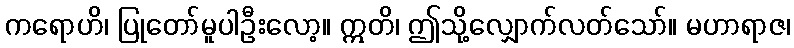
ကရောဟိ၊ ပြုတော်မူပါဦးလော့။ ဣတိ၊ ဤသို့လျှောက်လတ်သော်။ မဟာရာဇ၊